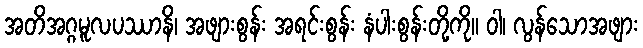
အတိအဂ္ဂမူလပဿာနိ၊ အဖျားစွန်း အရင်းစွန်း နံပါးစွန်းတို့ကို။ ဝါ၊ လွန်သောအဖျား